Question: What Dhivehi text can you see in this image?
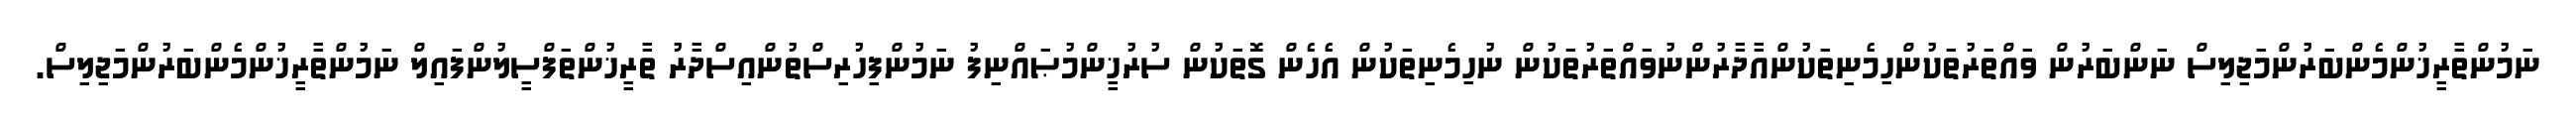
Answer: ނަމުންތާރީޚުންމެންބަރުންމަޖިލިސް ނަންބަރުން ވައްތަރުތަކުންހިމެނިތަކުންއާދާރުންނުވައްތަރުތަކުން ނުހިމެނިތަކުން އެހެން ގޮތަކުން ސުރުޚީންމުޞައްނިފު ނަމުންފިހުރިސްތުންއިސްދާރު ތާރީޚުންތަފްސީލުންފައިލް ނަމުންތާރީޚުންމެންބަރުންމަޖިލިސް.